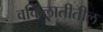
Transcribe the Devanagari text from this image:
वकिलातीतील